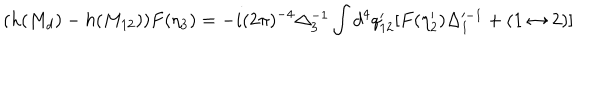
LaTeX: ( h ( M _ { d } ) - h ( M _ { 1 2 } ) ) F ( \eta _ { 3 } ) = - i ( 2 \pi ) ^ { - 4 } \Delta _ { 3 } ^ { - 1 } \int d ^ { 4 } q _ { 1 2 } ^ { \prime } [ F ( \eta _ { 2 } ^ { \prime } ) \Delta _ { 1 } ^ { - 1 } + ( 1 \leftrightarrow 2 ) ]